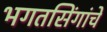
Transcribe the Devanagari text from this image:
भगतसिंगांचे